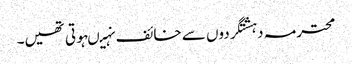
محترمہ دہشتگردوں سے خائف نہیںہوتی تھیں۔